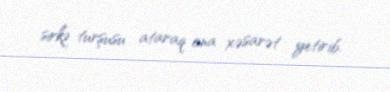
sirkə turşusu ataraq ona xəsarət yetirib.